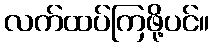
လက်ထပ်ကြဖို့ပင်။